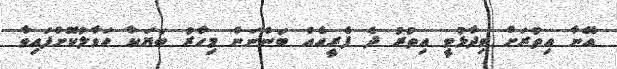
އޭނާ އިތުރަށް ވިދާޅުވީ އިތުރު ދެ ފެރީއެއް ބަންނަން މިހާރު ބަޔަކާ ހަވާލުކޮށްފައިވާ